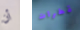
أن قطرات